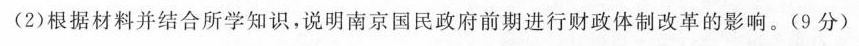
(2)根据材料并结合所学知识，说明南京国民政府前期进行财政体制改革的影响。(9分)